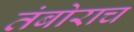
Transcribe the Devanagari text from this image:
तंबोराच